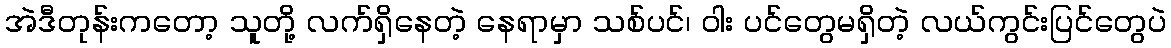
အဲဒီတုန်းကတော့ သူတို့ လက်ရှိနေတဲ့ နေရာမှာ သစ်ပင်၊ ဝါး ပင်တွေမရှိတဲ့ လယ်ကွင်းပြင်တွေပဲ